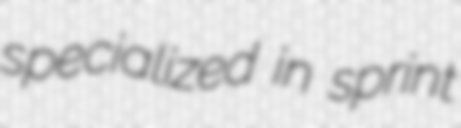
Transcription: specialized in sprint